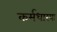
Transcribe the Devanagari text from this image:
कर्मधारयः